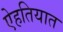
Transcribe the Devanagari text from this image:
ऐहतियात